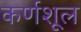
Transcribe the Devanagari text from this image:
कर्णशूल